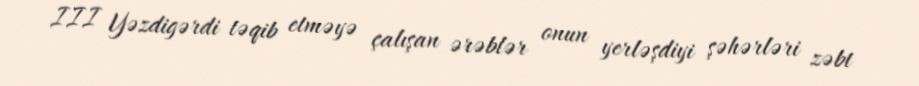
III Yəzdigərdi təqib etməyə çalışan ərəblər onun yerləşdiyi şəhərləri zəbt